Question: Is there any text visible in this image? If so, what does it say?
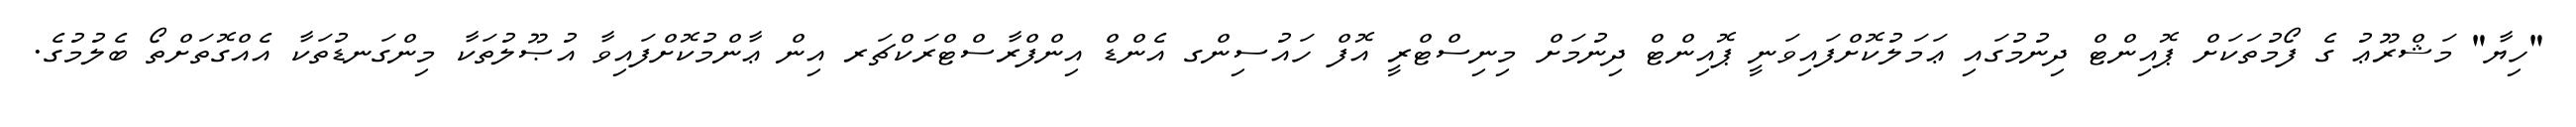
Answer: "ހިޔާ" މަޝްރޫޢު ގެ ފޯމުތަކަށް ޕޮއިންޓް ދިނުމުގައި ޢަމަލުކޮށްފައިވަނީ ޕޮއިންޓް ދިނުމަށް މިނިސްޓްރީ އޮފް ހައުސިންގ އެންޑް އިންފްރާސްޓްރަކްޗަރ އިން ޢާންމުކޮށްފައިވާ އުޞޫލުތަކާ މިންގަނޑުތަކާ އެއްގޮތަށްތޯ ބެލުމުގެ.